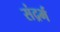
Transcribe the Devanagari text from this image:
संद्रर्भ